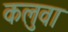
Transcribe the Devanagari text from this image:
कलुवा